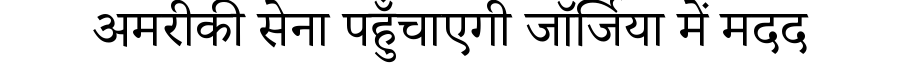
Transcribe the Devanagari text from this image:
अमरीकी सेना पहुँचाएगी जॉर्जिया में मदद